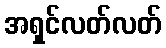
အရှင်လတ်လတ်